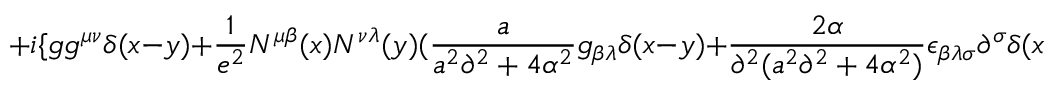
+ i \{ g g ^ { \mu \nu } \delta ( x - y ) + { \frac { 1 } { e ^ { 2 } } } N ^ { \mu \beta } ( x ) N ^ { \nu \lambda } ( y ) ( { \frac { a } { a ^ { 2 } \partial ^ { 2 } + 4 \alpha ^ { 2 } } } g _ { \beta \lambda } \delta ( x - y ) + { \frac { 2 \alpha } { \partial ^ { 2 } ( a ^ { 2 } \partial ^ { 2 } + 4 \alpha ^ { 2 } ) } } \epsilon _ { \beta \lambda \sigma } \partial ^ { \sigma } \delta ( x - y ) ) \} ,